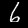
Label: 6